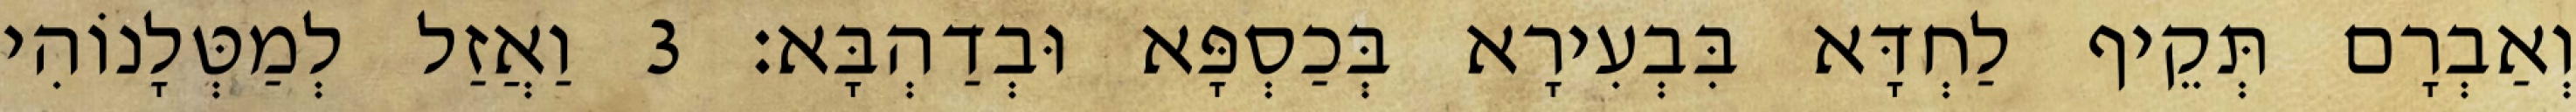
וְאַבְרָם תְּקֵיף לַחְדָּא בִּבְעִירָא בְּכַסְפָּא וּבְדַהְבָּא׃ 3 וַאֲזַל לְמַטְּלָנוֹהִי